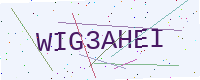
Text: WIG3AHEI